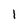
Character: 1